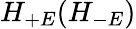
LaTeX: H_{+E}(H_{-E})